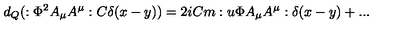
d _ { Q } ( : \Phi ^ { 2 } A _ { \mu } A ^ { \mu } : C \delta ( x - y ) ) = 2 i C m : u \Phi A _ { \mu } A ^ { \mu } : \delta ( x - y ) + . . .